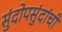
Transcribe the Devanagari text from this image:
सुंदोपसुंदांची